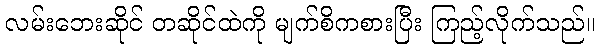
လမ်းဘေးဆိုင် တဆိုင်ထဲကို မျက်စိကစားပြီး ကြည့်လိုက်သည်။